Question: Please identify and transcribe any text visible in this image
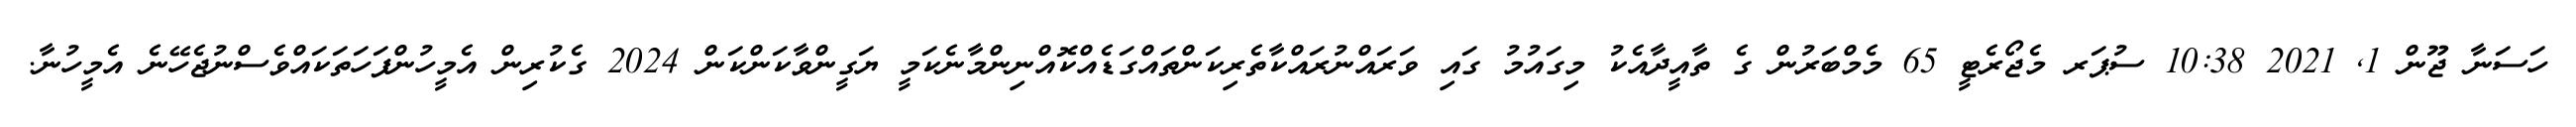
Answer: ހަސަނާ ޖޫން 1, 2021 10:38 ސުޕަރ މެޖޯރެޓީ 65 މެމްބަރުން ގެ ތާއީދާއެކު މިގައުމު ގައި ވަރައްނުރައްކާތެރިކަންތައްގަޑެއްކޮއްނިންމާނެކަމީ ޔަގީންވާކަންކަން 2024 ގެކުރިން އެމީހުންފަހަތަކައްވެސްނުޖެހޭނެ އެމީހުނާ.